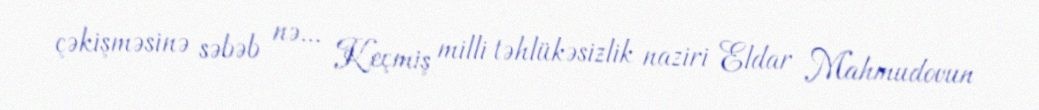
çəkişməsinə səbəb nə... Keçmiş milli təhlükəsizlik naziri Eldar Mahmudovun